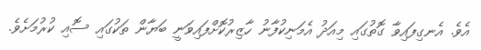
އެވެ. އެނގިފައިވާ ގޮތުގައި މިއަދު އެމަނިކުފާނު ހާޒިރުކޮށްފައިވަނީ ބަޔާން ތަކުގައި ސޮއި ކުރުމަށެވެ.